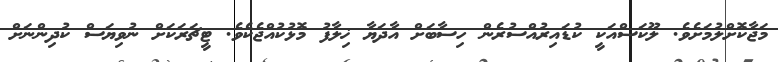
މަޖާކޮށްލުމަށެވެ. ލޫކަސްއަކީ ކުޑައިރުއްސުރެން ހިސާބަށް އާދަޔާ ޚިލާފު މޮޅުކުއްޖެކެވެ. ޓީޗަރަކަށް ނުވިޔަސް ކުދިންނަށް